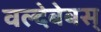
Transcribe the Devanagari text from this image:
वल्देबेबस्